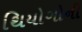
થિયોગોની